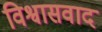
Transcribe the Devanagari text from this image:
विश्वासवाद